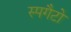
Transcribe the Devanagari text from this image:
स्पगैटो